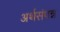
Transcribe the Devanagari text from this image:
अर्थसंपन्न